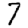
Digit: 7